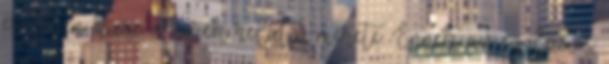
esetében kicsi a herék relatív mérete. Ennek az evolúciós